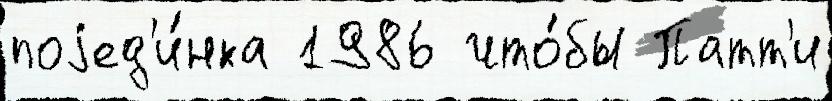
поjед'и́нка 1986 что́бы Патт'и